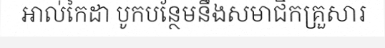
អាល់កៃដា បូកបន្ថែមនឹងសមាជិកគ្រួសារ